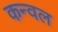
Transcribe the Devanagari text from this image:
कन्वल